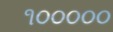
૧૦૦૦૦૦